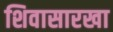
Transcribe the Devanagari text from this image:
शिवासारखा